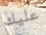
عليك